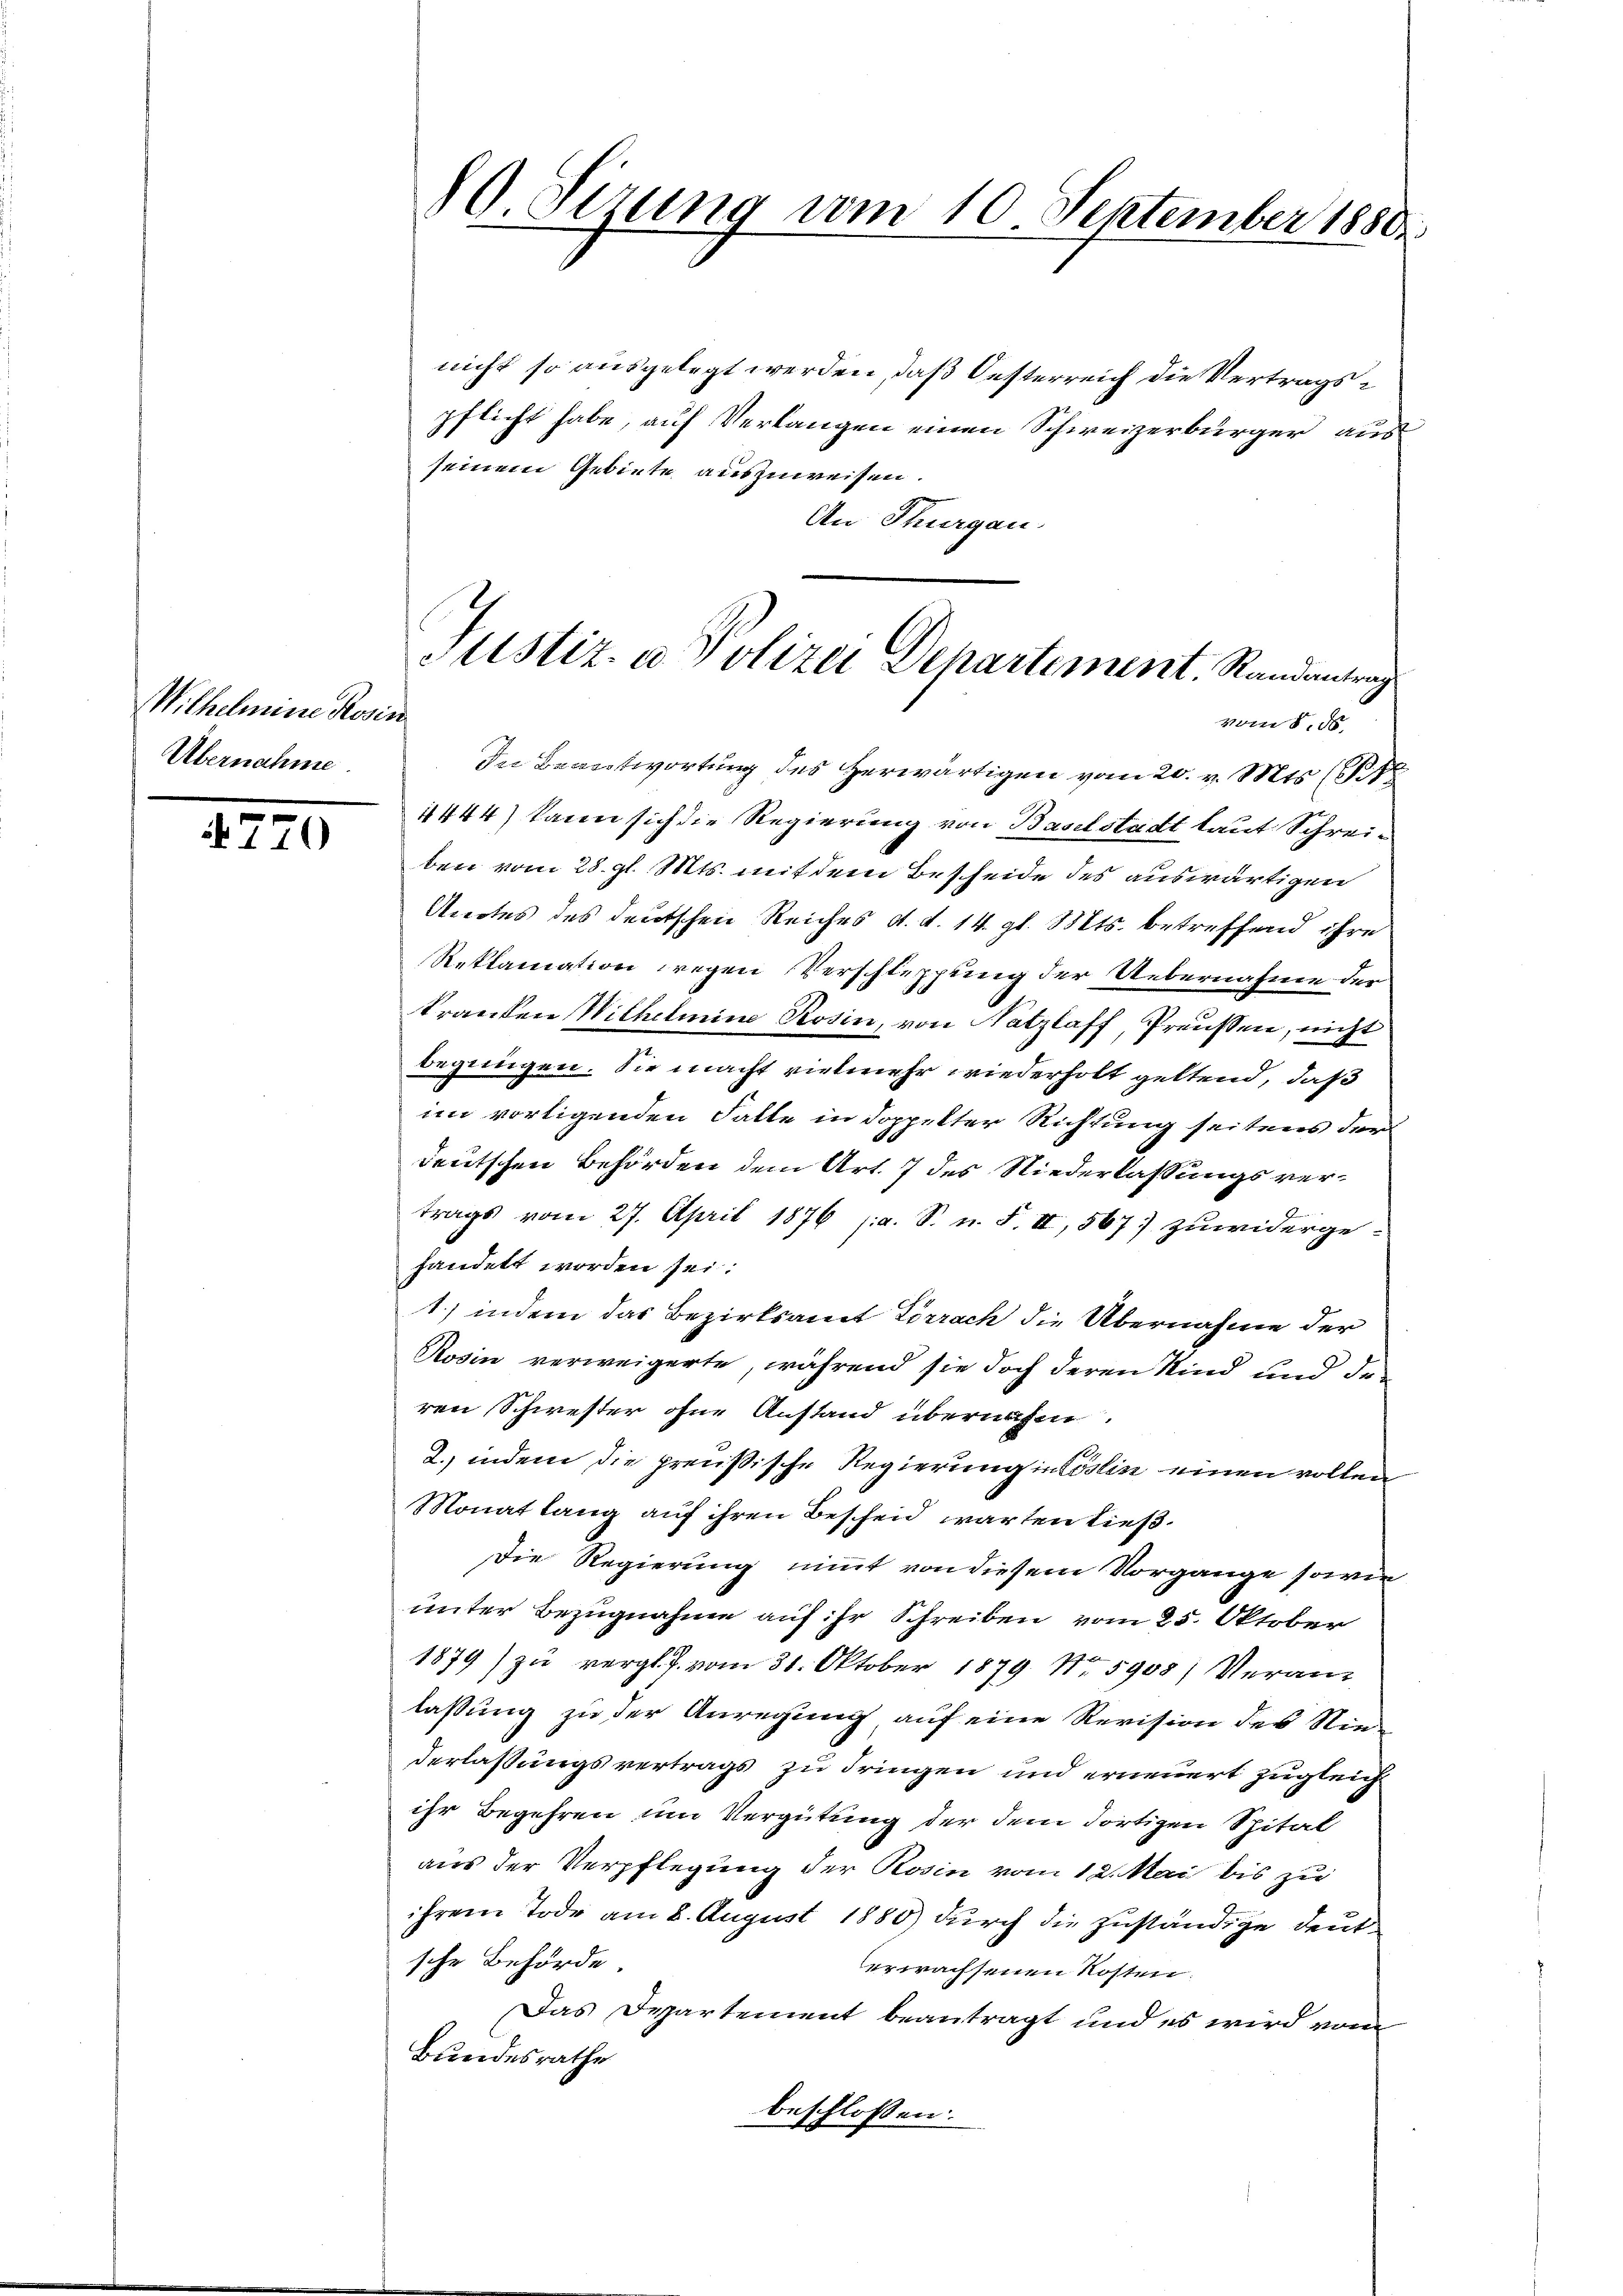
Wilhelmine Rosin
Übernahme

770

nicht so ausgelegt werden, daß Oesterreich die Vertragspflicht habe, auf Verlangen einen Schweizerbürger aus
seinem Gebiete auszuweisen.
An Thurgau,
In Beantwortung des Herwärtigen vom 20. v. Mts. (
1444) kann sich die Regierung von Baselstadt laut Schreiben vom 28. gl. Mts. mit dem Bescheide des auswärtigen
Amtes des deutschen Reiches d. d. 14. gl. Mts. betreffend ihre
Reklamation wegen Verschleppung der Uebernahme der
kranken Wilhelmine Rosin, von Natzlaff, Preussen, nicht
begnügen. Sie macht vielmehr wiederholt geltend, daß
im vortigenden Falle in doppelter Richtung seitens der
deutschen Behörden dem Art. 7 des Niederlassungs ver¬
8
trags vom 27. April 1876 ja. S. n. F. II, 567 zuwiderge-
handelt worden sei:
1) indem das Bezirksamt Lörrach die Übernahme der
Rosin verweigerte, während sie doch deren Kind und den
ren Schwester ohne Anstand übernahm.
2. indem die preußische Regierung inlöslin einen vollen
Monat lang auf ihren Beschen warten ließ.
Die Regierung nimmt von diesem Vorgänge sowie
unter Bezugnahme auf ihr Schreiben vom 25. Oktober
1879) zu vergl. J. vom 31. Oktober 1879. No. 5908) Veran
laßung zu der Anregung auf eine Revision des Niederlassungsvertrags zu dringen und erneuert zugleich
ihr Begehren um Vergütung der dem dortigen Spital
aus der Verpflegung der Rosin vom 12. Mai bis zu
ihrem Tode am 2. August 1885) durch die zuständige deutsche Behörde.
erwachsenen Kosten:
Das Departement beantragt und es wird vom
Bundesrathe
beschlossen:

80 Sirung vom 10. September 1880.

Justiz- u Polizei Departement. Randantrag
vom 8. 56.